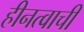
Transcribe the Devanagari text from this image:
हीनत्वाची